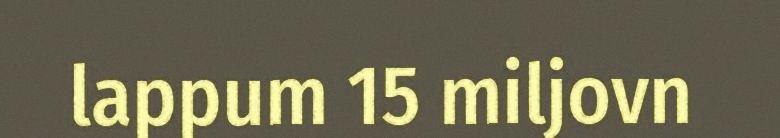
lappum 15 miljovn